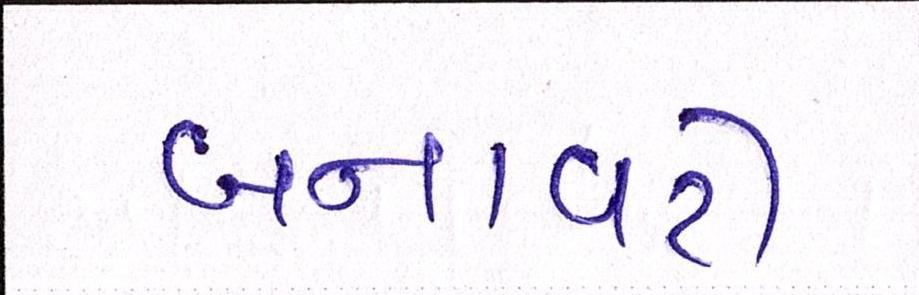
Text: બનાવટી